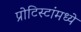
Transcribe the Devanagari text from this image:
प्रोटिस्टांमध्ये